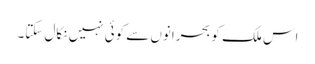
اس ملک کو بحرانوں سے کوئی نہیں نکال سکتا۔